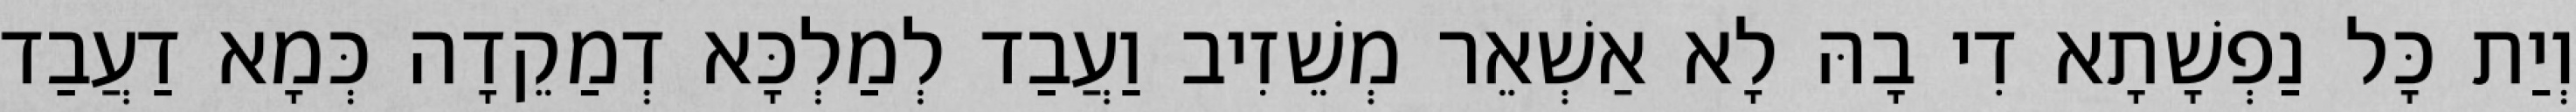
וְיַת כָּל נַפְשָׁתָא דִי בָהּ לָא אַשְׁאֵר מְשֵׁזִיב וַעֲבַד לְמַלְכָּא דְמַקֵדָה כְּמָא דַעֲבַד